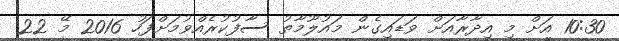
10:30 އަށް މި އިދާރާއަށް ވަޑައިގެން މައުލޫމާތު ސާފުކުރެއްވުމަށްފަހު 2016 މޭ 22